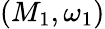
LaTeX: (M_{1},\omega_{1})